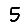
Digit: 5